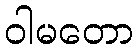
ဝါမတော